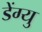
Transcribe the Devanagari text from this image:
डेंग्यु